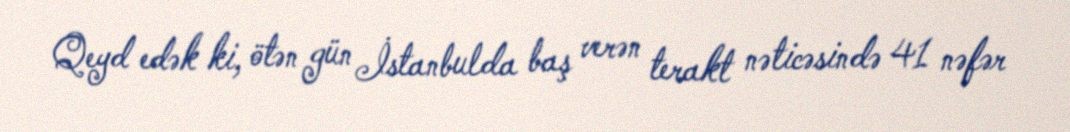
Qeyd edək ki, ötən gün İstanbulda baş verən terakt nəticəsində 41 nəfər